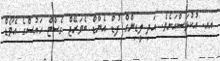
އއ. އުކުޅަސްއަށެވެ. އަދި ލީޑިންގް ފުޑް އެންޑް ބެވަރޭޖް ގެސްޓް ހައުސްގެ އެވޯޑް